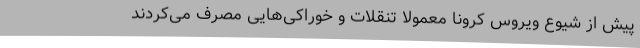
پیش از شیوع ویروس کرونا معمولا تنقلات و خوراکی‌هایی مصرف می‌کردند